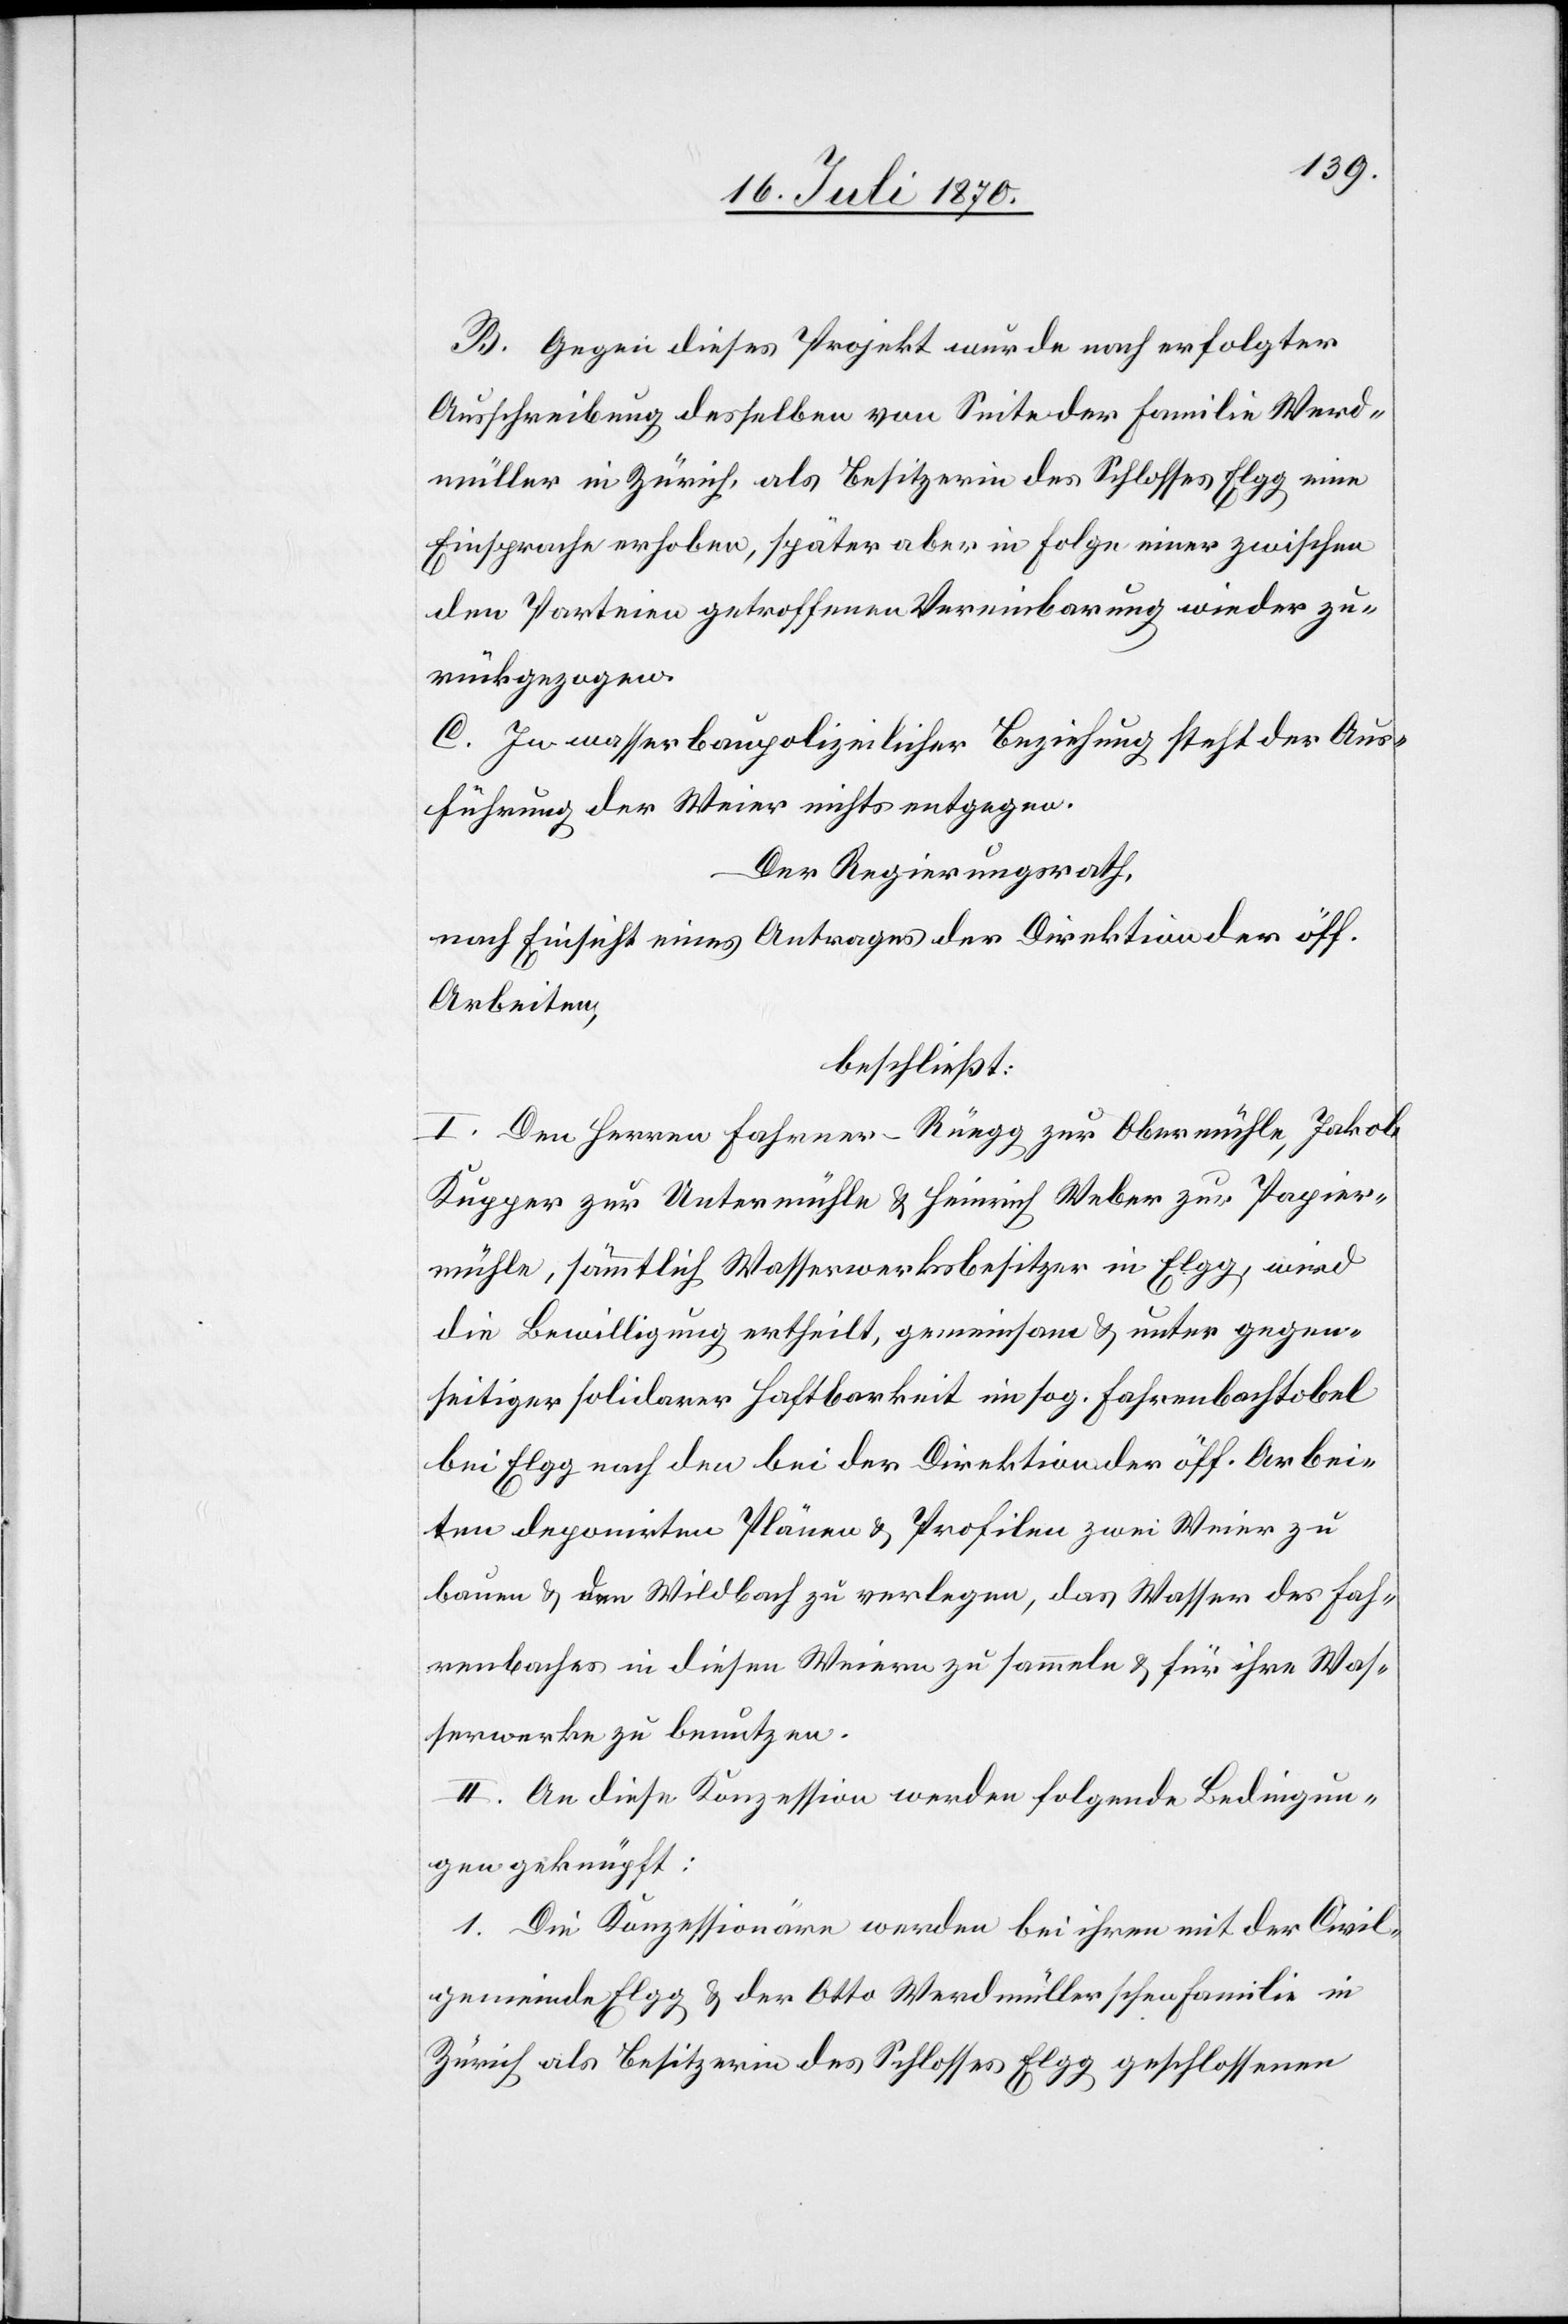
B. Gegen dieses Projekt wurde nach erfolgter
Ausschreibung desselben von Seite der Familie Werd¬
müller in Zürich, als Besitzerin des Schlosses Elgg eine
Einsprache erhoben, später aber in Folge einer zwischen
den Parteien getroffenen Vereinbarung wieder zu¬
rückgezogen.
C. In wasserbaupolizeilicher Beziehung steht der Aus¬
führung der Weier nichts entgegen.
Der Regierungsrath,
nach Einsicht eines Antrages der Direktion der öff.
Arbeiten,
beschließt:
I. Den Herren Fahrner-Rüegg zur Obermühle, Jakob
Kupper zur Untermühle & Heinrich Weber zur Papier¬
mühle, sämmtlich Wasserwerksbesitzer in Elgg, wird
die Bewilligung ertheilt, gemeinsam & unter gegen¬
seitiger solidarer Haftbarkeit im sog. Fahrenbachtobel
bei Elgg nach den bei der Direktion der öff. Arbei¬
ten deponirten Plänen & Profilen zwei Weier zu
bauen & den Wildbach zu verlegen, das Wasser des Fah¬
renbaches in diesen Weiern zu sammeln & für ihre Was¬
serwerke zu benutzen.
II. An diese Konzession werden folgende Bedingun¬
gen geknüpft:
1. Die Konzessionäre werden bei ihren mit der Civil¬
gemeinde Elgg & der Otto Werdmüllerschen Familie in
Zürich als Besitzerin des Schlosses Elgg geschlossenen